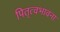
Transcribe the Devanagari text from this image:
पितृत्वभावना